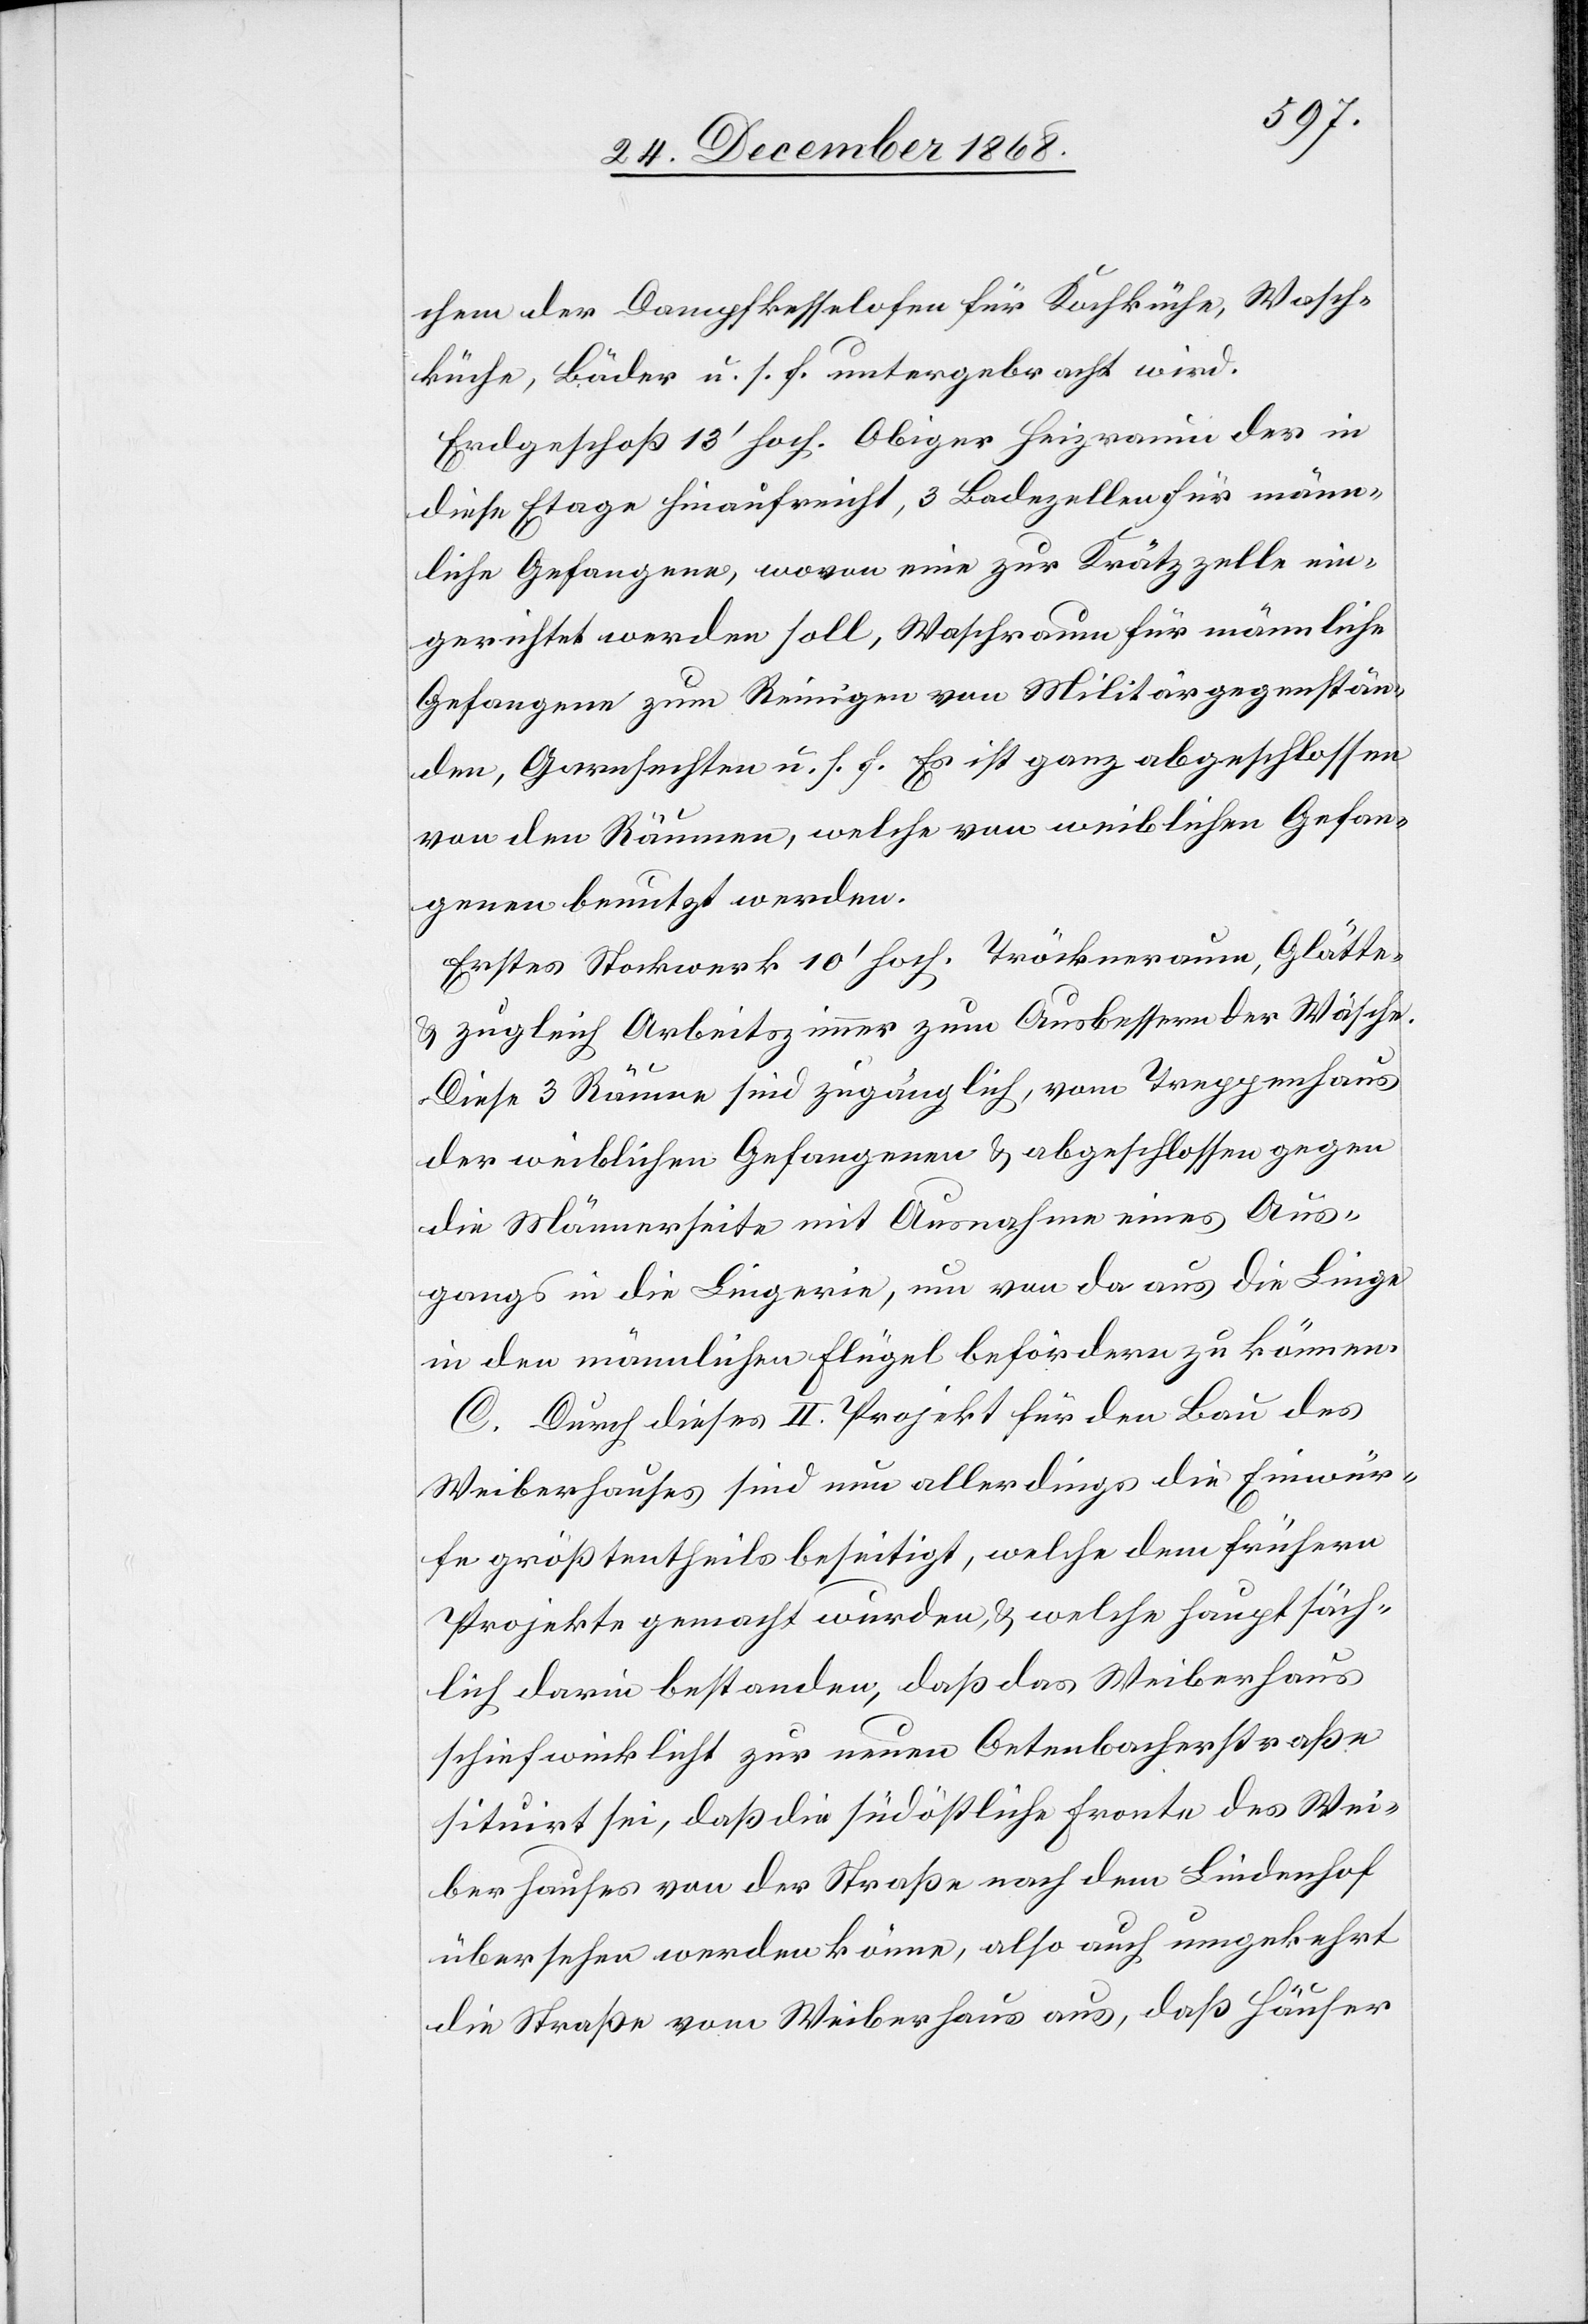
chem der Dampfkesselofen für Kochküche, Wasch¬
küche, Bäder u. s. f. untergebracht wird.
Erdgeschoß 13‘ hoch. Obiger Heizraum der in
diese Etage hinaufreicht, 3 Badezellen für männ¬
liche Gefangene, wovon eine zur Krätzzelle ein¬
gerichtet werden soll, Waschraum für männliche
Gefangene zum Reinigen von Militärgegenstän¬
den, Garnsechten u. s. f. Es ist ganz abgeschlossen
von den Räumen, welche von weiblichen Gefan¬
genen benutzt werden.
Erstes Stockwerk 10‘ hoch. Tröckneraum, Glätte-
& zugleich Arbeitszimmer zum Ausbessern der Wäsche.
Diese 3 Räume sind zugänglich, vom Treppenhaus
der weiblichen Gefangenen & abgeschlossen gegen
die Männerseite mit Ausnahme eines Aus¬
gangs in die Lingerie, um von da aus die Linge
in den männlichen Flügel befördern zu können.
C. Durch dieses II. Projekt für den Bau des
Weiberhauses sind nun allerdings die Einwür¬
fe größtentheils beseitigt, welche dem frühern
Projekte gemacht wurden, & welche hauptsäch¬
lich darin bestanden, daß das Weiberhaus
schiefwinklicht zur neuen Oetenbacherstraße
situirt sei, daß die südöstliche Fronte des Wei¬
berhauses von der Straße nach dem Lindenhof
übersehen werden könne, also auch umgekehrt
die Straße vom Weiberhaus aus, daß Häuser